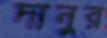
দানুর